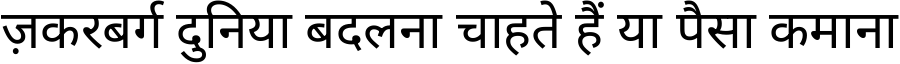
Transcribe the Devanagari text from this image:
ज़करबर्ग दुनिया बदलना चाहते हैं या पैसा कमाना